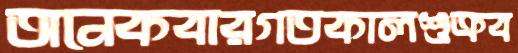
অনেকবারগতকালশুক্রব